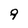
Character: 9